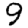
Digit: 9